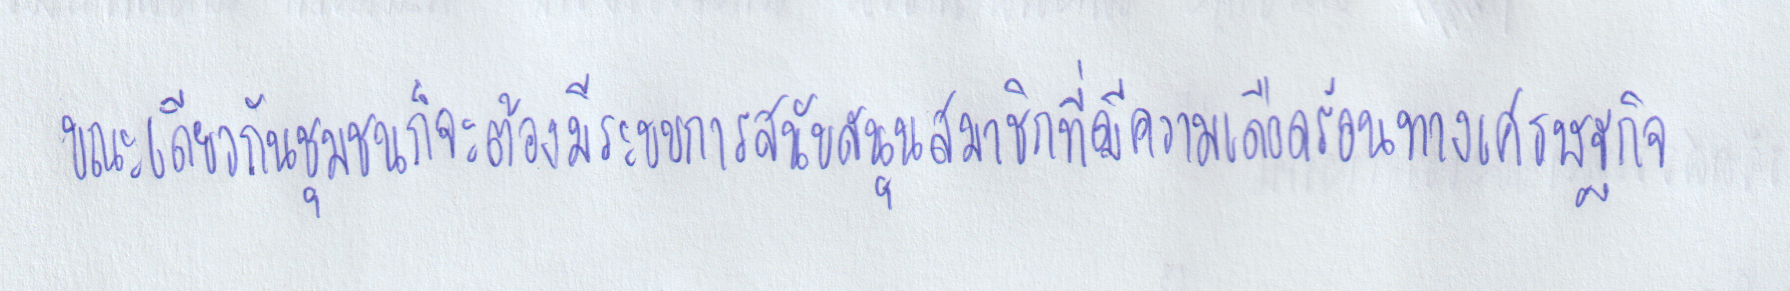
ขณะเดียวกันชุมชนก็จะต้องมีระบบการสนับสนุนสมาชิกที่มีความเดือดร้อนทางเศรษฐกิจ